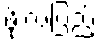
ဖိုးလပြည့်